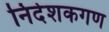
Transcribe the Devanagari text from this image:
निदेशकगण